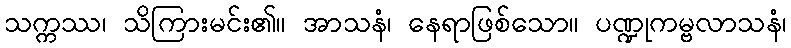
သက္ကဿ၊ သိကြားမင်း၏။ အာသနံ၊ နေရာဖြစ်သော။ ပဏ္ဍုကမ္ဗလာသနံ၊